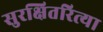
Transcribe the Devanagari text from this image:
सुरक्षितरित्या